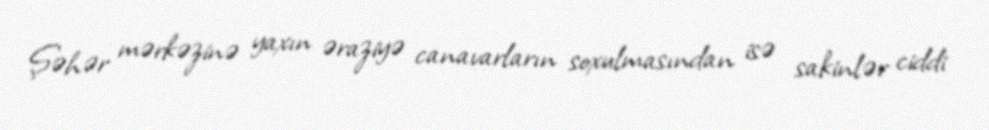
Şəhər mərkəzinə yaxın əraziyə canavarların soxulmasından isə sakinlər ciddi